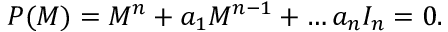
P ( M ) = M ^ { n } + a _ { 1 } M ^ { n - 1 } + \dots a _ { n } { \cal I } _ { n } = 0 .